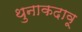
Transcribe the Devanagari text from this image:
थुनाकदावू